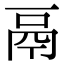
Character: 鬲